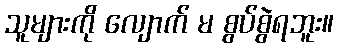
သူများကို လျောက် မ စွပ်စွဲရဘူး။